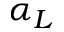
\alpha _ { L }